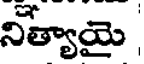
నిత్యాయై